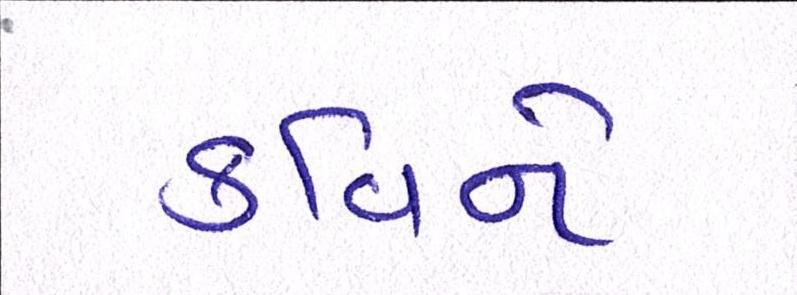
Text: કવિને